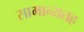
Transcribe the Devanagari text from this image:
सामान्यतह